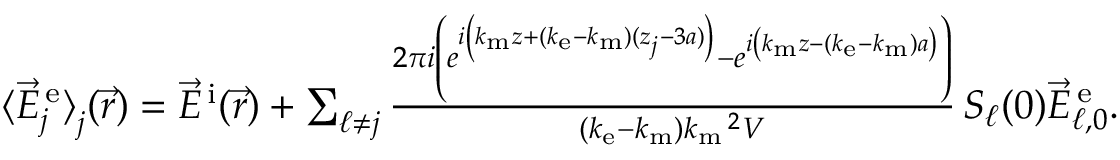
\begin{array} { r } { \langle \vec { E } _ { j } ^ { \mathrm { \, e } } \rangle _ { { \textstyle \mathstrut } j } ( \vec { r } ) = \vec { E } ^ { \mathrm { \, i } } ( \vec { r } ) + \sum _ { \ell \neq j } \frac { 2 \pi i \left( e ^ { i \left( k _ { \mathrm { m } } z + ( k _ { \mathrm { e } } - k _ { \mathrm { m } } ) ( z _ { j } - 3 a ) \vphantom { b ^ { 2 } } \right) } - e ^ { i \left( k _ { \mathrm { m } } z - ( k _ { \mathrm { e } } - k _ { \mathrm { m } } ) a \vphantom { b ^ { 2 } } \right) } \right) } { ( k _ { \mathrm { e } } - k _ { \mathrm { m } } ) k _ { \mathrm { m } } \, \! \! \, \! \, \, \! \, \, \! \! \, \! \, \, \! \! \, \! \! \, \! \, \, \! \! \, \! \! \, \! \, \, \! \, \, \! \! \, \! \, \, \! \! \, \! \! \, \! \, \, \! \, \, \! \! \, \! \, \, \! \, \, \! \! \, \! \, \, \! \! \, \! \! \, \! \, \, \! \, \, \! \! \, \! \, \, \! \, \, \! \! ^ { 2 } V } \, S _ { \ell } ( 0 ) \vec { E } _ { \ell , 0 } ^ { \mathrm { \, e } } . } \end{array}